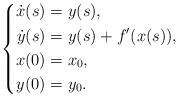
LaTeX: \begin{align*}\left\{\begin{aligned} \dot{x}(s)&=y(s),\\ \dot{y}(s)&=y(s) + f^\prime (x(s)),\\ x(0)&=x_0,\\ y(0)&=y_0.\end{aligned}\right.\end{align*}